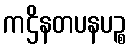
ကဌိနတပနပဉ္စ